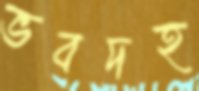
ভবদহ